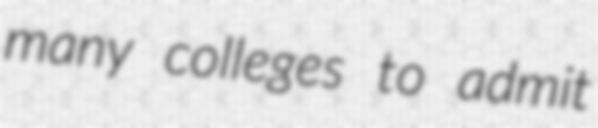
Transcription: many colleges to admit